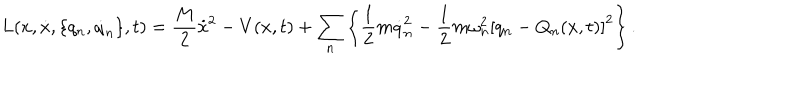
L ( x , \dot { x } , \{ q _ { n } , \dot { q } _ { n } \} , t ) = \frac { M } { 2 } \dot { x } ^ { 2 } - V ( x , t ) + \sum _ { n } \left\{ \frac { 1 } { 2 } m \dot { q } _ { n } ^ { 2 } - \frac { 1 } { 2 } m \omega _ { n } ^ { 2 } \left[ q _ { n } - Q _ { n } ( x , t ) \right] ^ { 2 } \right\} .